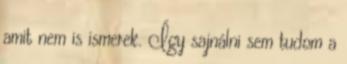
amit nem is ismerek. Így sajnálni sem tudom a